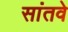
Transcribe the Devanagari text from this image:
सांतवे